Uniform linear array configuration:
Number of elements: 8
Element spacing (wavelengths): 1
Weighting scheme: binomial
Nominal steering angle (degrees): -45
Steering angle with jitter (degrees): -45.844
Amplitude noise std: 0.05
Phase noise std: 0.05

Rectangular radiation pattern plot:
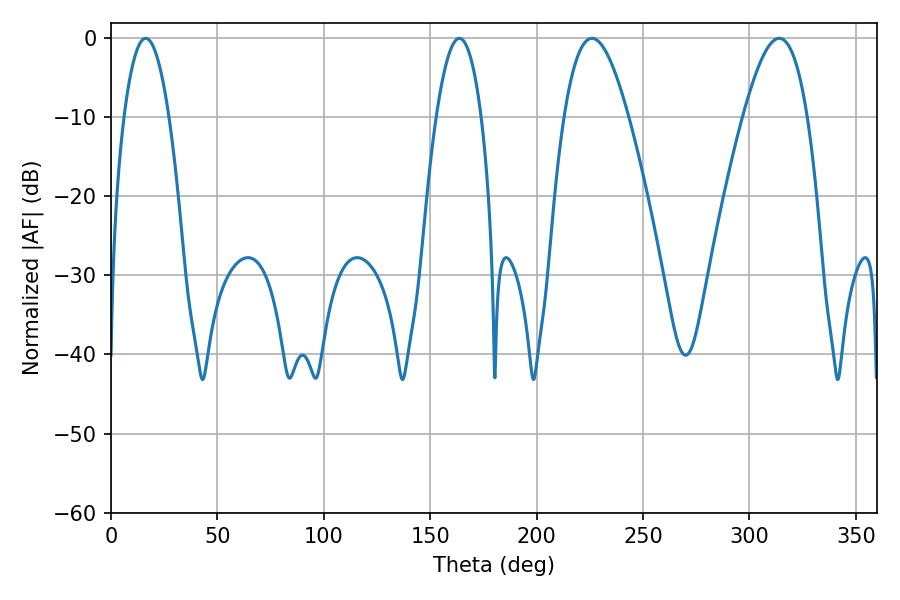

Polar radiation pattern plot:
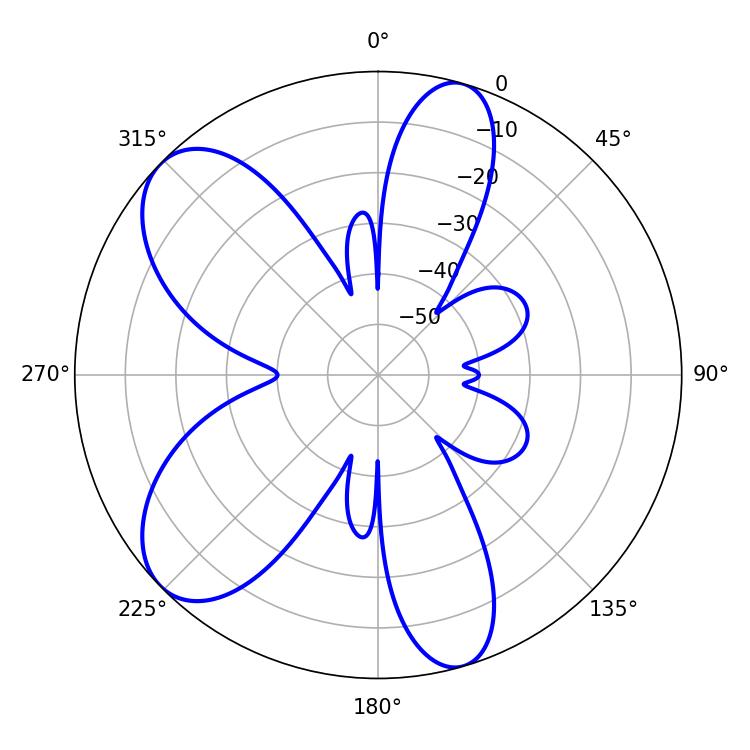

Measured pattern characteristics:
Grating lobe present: TRUE
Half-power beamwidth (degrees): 16.38
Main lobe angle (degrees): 226.08